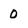
Character: 0